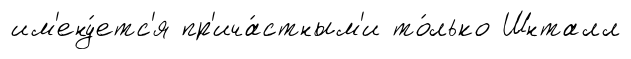
им'ену́етс'я пр'ича́стным'и то́лько Шнталл